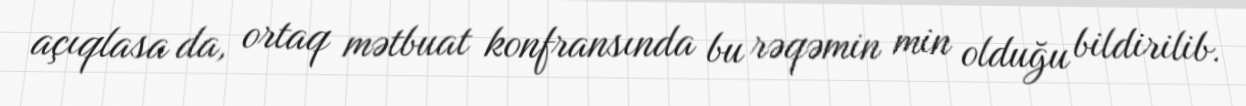
açıqlasa da, ortaq mətbuat konfransında bu rəqəmin min olduğu bildirilib.